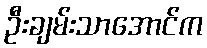
ဦးချမ်းသာအောင်က